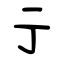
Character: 亍